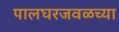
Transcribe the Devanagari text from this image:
पालघरजवळच्या